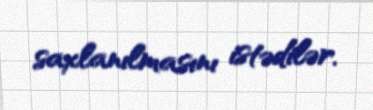
saxlanılmasını istədilər.